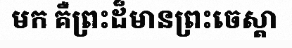
មក គឺព្រះដ៏មានព្រះចេស្តា